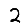
Digit: 2